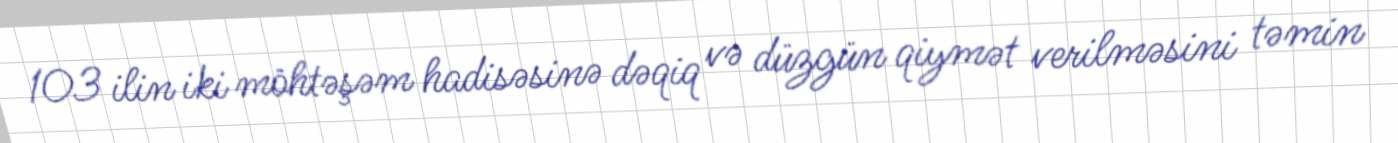
103 ilin iki möhtəşəm hadisəsinə dəqiq və düzgün qiymət verilməsini təmin